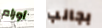
أورام بجانب